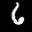
Label: 6